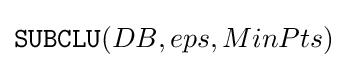
{\mathtt {SUBCLU}}(DB,eps,MinPts)